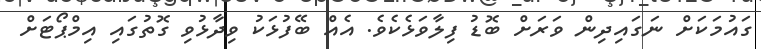
ގައުމަކަށް ނަގައިދިން ވަރަށް ބޮޑު ފިލާވަޅެކެވެ. އެއް ބޭފުޅަކު ވިދާޅުވި ގޮތުގައި އިމްޕޯޓަށް